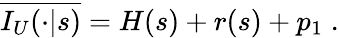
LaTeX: \overline{{{I_{U}(\cdot|s)}}}=H(s)+r(s)+p_{1}\; .